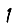
Digit: 1